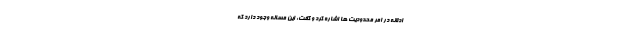
ادلانه در امر محدودیت ها اشاره کرد و گفت: این مساله وجود دارد که